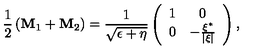
\frac 1 2 \left( { \bf M } _ { 1 } + { \bf M } _ { 2 } \right) = \frac 1 { \sqrt { \epsilon + \eta } } \left( \begin{array} { c c } { 1 } & { 0 } \\ { 0 } & { - \frac { \xi ^ { * } } { \left| \xi \right| } } \\ \end{array} \right) ,